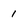
Character: 1